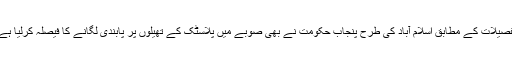
تفصیلات کے مطابق اسلام آباد کی طرح پنجاب حکومت نے بھی صوبے میں پلاسٹک کے تھیلوں پر پابندی لگانے کا فیصلہ کرلیا ہے۔